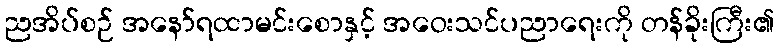
ညအိပ်စဉ် အနော်ရထာမင်းစောနှင့် အဝေးသင်ပညာရေးကို တန်ခိုးကြီး၏